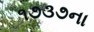
૧૭૩૭ના